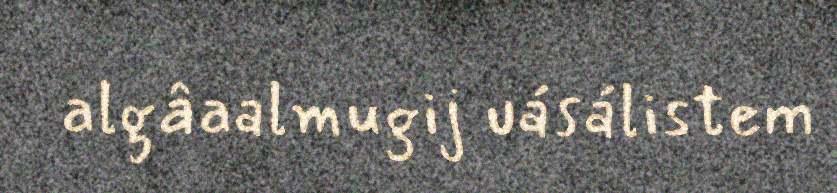
algâaalmugij uásálistem